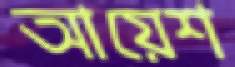
আয়েশ